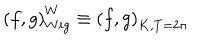
\left( f , g \right) _ { W i g } ^ { W } \equiv \left( f , g \right) _ { K , T = 2 \pi }